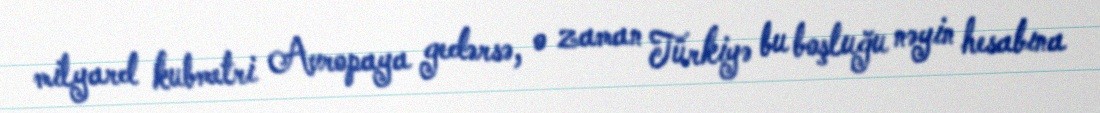
milyard kubmetri Avropaya gedərsə, o zaman Türkiyə bu boşluğu nəyin hesabına